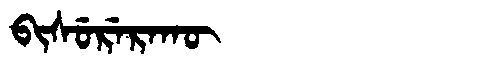
Manchu: ᠪᡳᠰᡠᡵᡝᡵᠠᡴᡡ
Romanization: BISURERAKŪ